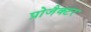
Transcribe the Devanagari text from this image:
प्रोजैक्टर